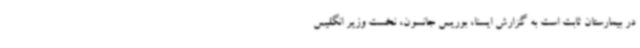
در بیمارستان ثابت است به گزارش ایسنا، بوریس جانسون، نخست وزیر انگلیس